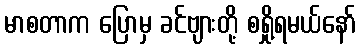
မာစတာက ပြောမှ ခင်ဗျားတို့ စရှို့ရမယ်နော်